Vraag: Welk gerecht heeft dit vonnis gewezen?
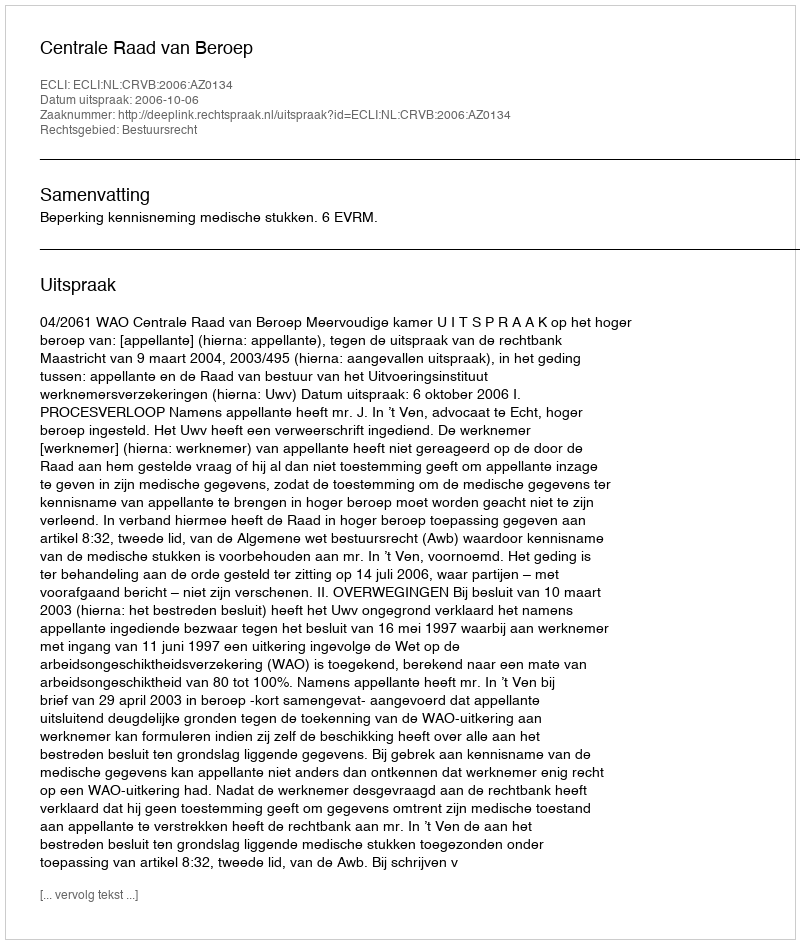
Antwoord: Centrale Raad van Beroep